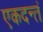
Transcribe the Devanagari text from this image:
एकदन्तं